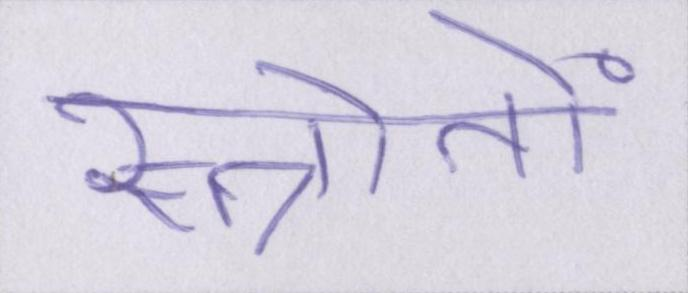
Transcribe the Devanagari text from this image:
स्त्रोतों